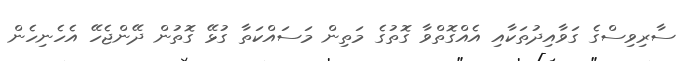
ސާރިވިސްގެ ގަވާއިދުތަކާއި އެއްގޮތްވާ ގޮތުގެ މަތިން މަސައްކަތާ ގުޅޭ ގޮތުން ދޭންޖެހޭ އެހެނިހެން